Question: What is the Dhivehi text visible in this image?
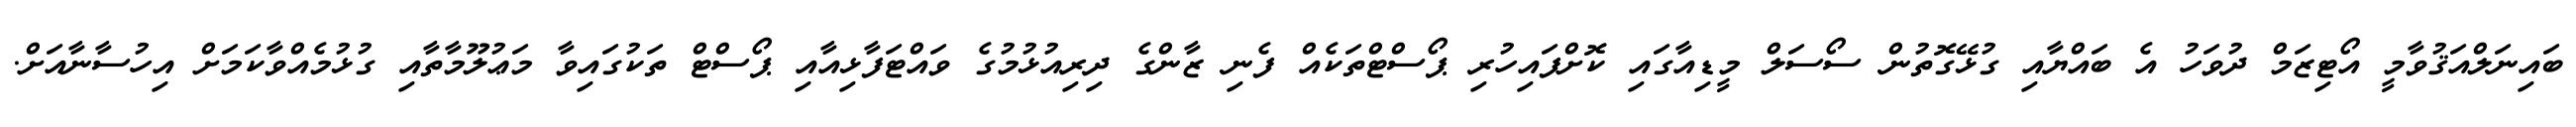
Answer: ބައިނަލްއަޤުވާމީ އޯޓިޒަމް ދުވަހު އެ ބައްޔާއި ގުޅޭގޮތުން ސޯސަލް މީޑިއާގައި ކޮށްފައިހުރި ޕޯސްޓްތަކެއް ފެނި ޒާންގެ ދިރިއުޅުމުގެ ވައްޓަފާޅިއާއި ޕޯސްޓް ތަކުގައިވާ މަޢުލޫމާތާއި ގުޅުމެއްވާކަމަށް އިހުސާނާއަށް.